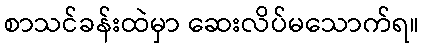
စာသင်ခန်းထဲမှာ ဆေးလိပ်မသောက်ရ။